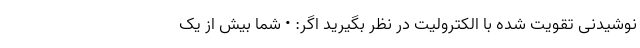
نوشیدنی تقویت شده با الکترولیت در نظر بگیرید اگر: • شما بیش از یک